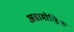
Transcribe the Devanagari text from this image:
अब्रामोव्हिक